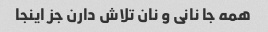
همه جا نانی و نان تلاش دارن جز اینجا